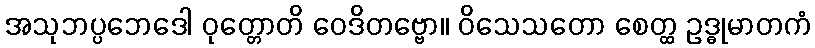
အသုဘပ္ပဘေဒေါ ဝုတ္တောတိ ဝေဒိတဗ္ဗော။ ဝိသေသတော စေတ္ထ ဥဒ္ဓုမာတကံ